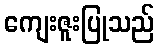
ကျေးဇူးပြုသည်